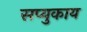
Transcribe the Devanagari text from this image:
सप्युकाय